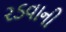
રડવાની